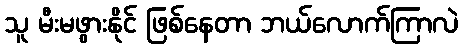
သူ မီးမဖွားနိုင် ဖြစ်နေတာ ဘယ်လောက်ကြာလဲ